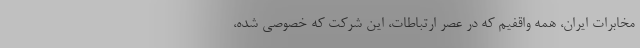
مخابرات ایران، همه واقفیم که در عصر ارتباطات، این شرکت که خصوصی شده،